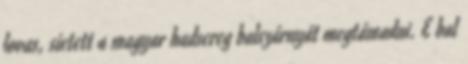
lovas, sietett a magyar hadsereg balszárnyát megtámadni. E bal